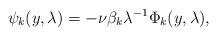
LaTeX: \begin{align*} \psi_k(y, \lambda)=- \nu \beta_k \lambda^{-1} \Phi_k(y, \lambda),\end{align*}